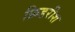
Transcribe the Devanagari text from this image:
फ्रिडरीश